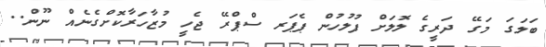
ބަލަގަ މަގޭ ދަރީގެ ލޮލަށް ފުލުހުން ޕެޕަރ ސްޕްރޭ ޖެހީ މުޒާހަރާކޮށްގެނެއް ނޫން..